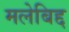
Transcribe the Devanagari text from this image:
मलेबिद्द